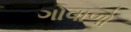
ગોવાળો